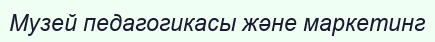
Музей педагогикасы және маркетинг